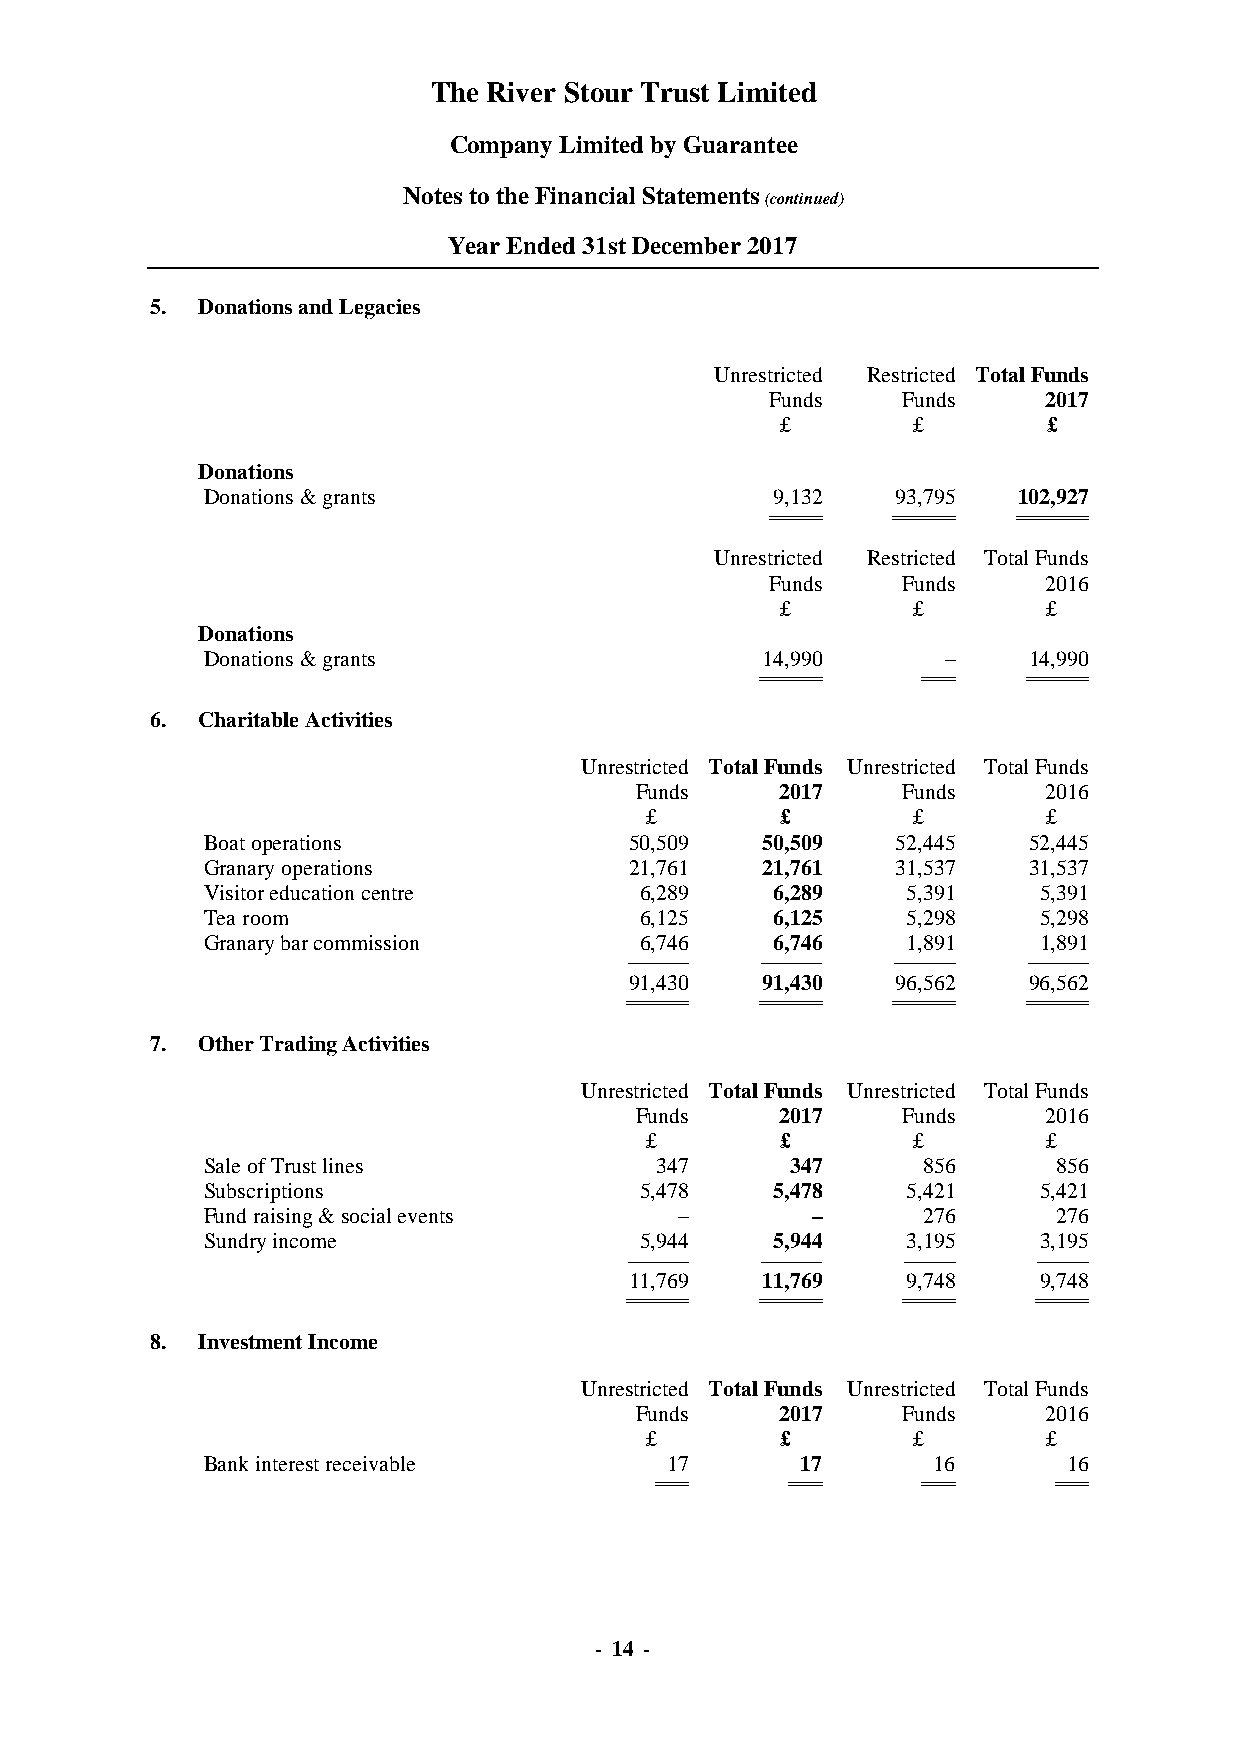
The River Stour Trust Limited
 Company Limited by Guarantee
 Notes to the Financial Statements
 (continued)
 Year Ended 31st December 2017
 5. Donations and Legacies
 Unrestricted Restricted Total Funds
 Funds    Funds    2017
 £       £        £
 Donations
 Donations & grants                    9,132   93,795  102,927
 ========================= ============================== ===================================
 Unrestricted Restricted Total Funds
 Funds    Funds    2016
 £       £        £
 Donations
 Donations & grants                   14,990      –     14,990
 ============================== =============== ==============================
 6. Charitable Activities
 Unrestricted Total Funds Unrestricted Total Funds
 Funds     2017    Funds    2016
 £        £       £        £
 Boat operations              50,509  50,509   52,445   52,445
 Granary operations           21,761  21,761   31,537   31,537
 Visitor education centre     6,289    6,289    5,391    5,391
 Tea room                     6,125    6,125    5,298    5,298
 Granary bar commission       6,746    6,746    1,891    1,891
 ------------------------------ ------------------------------ ------------------------------ ------------------------------
 91,430  91,430   96,562   96,562
 ============================== ============================== ============================== ==============================
 7. Other Trading Activities
 Unrestricted Total Funds Unrestricted Total Funds
 Funds     2017    Funds    2016
 £        £       £        £
 Sale of Trust lines           347      347      856      856
 Subscriptions                5,478    5,478    5,421    5,421
 Fund raising & social events    –        –      276      276
 Sundry income                5,944    5,944    3,195    3,195
 ------------------------------ ------------------------------ ------------------------- -------------------------
 11,769  11,769    9,748    9,748
 ============================== ============================== ========================= =========================
 8. Investment Income
 Unrestricted Total Funds Unrestricted Total Funds
 Funds     2017    Funds    2016
 £        £       £        £
 Bank interest receivable       17       17       16       16
 =============== =============== =============== ===============
 - 14 -